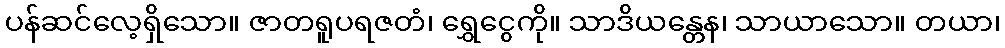
ပန်ဆင်လေ့ရှိသော။ ဇာတရူပရဇတံ၊ ရွှေငွေကို။ သာဒိယန္တေန၊ သာယာသော။ တယာ၊